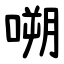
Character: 嗍